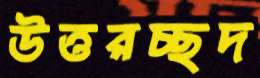
উত্তরচ্ছদ